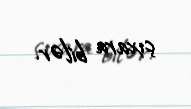
çıxara bilər.